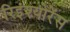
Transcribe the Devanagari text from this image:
रिइंश्योरेंस